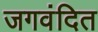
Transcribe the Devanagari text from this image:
जगवंदित